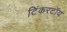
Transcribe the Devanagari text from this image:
टिंकरटॉय